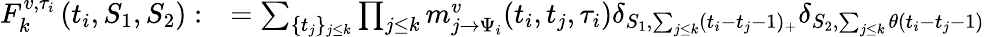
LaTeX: \begin{array}{rl}{F_{k}^{v,\tau_{i}}\left(t_{i},S_{1},S_{2}\right):}&{=\sum_{\{ t_{j}\} _{j\leq k}}\prod_{j\leq k}m_{j\to\Psi_{i}}^{v}(t_{i},t_{j},\tau_{i})\delta_{S_{1},\sum_{j\leq k}(t_{i}-t_{j}-1)_{+}}\delta_{S_{2},\sum_{j\leq k}\theta(t_{i}-t_{j}-1)}}\end{array}